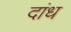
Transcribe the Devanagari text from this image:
दांध